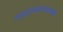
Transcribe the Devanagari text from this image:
आत्मतत्वकी